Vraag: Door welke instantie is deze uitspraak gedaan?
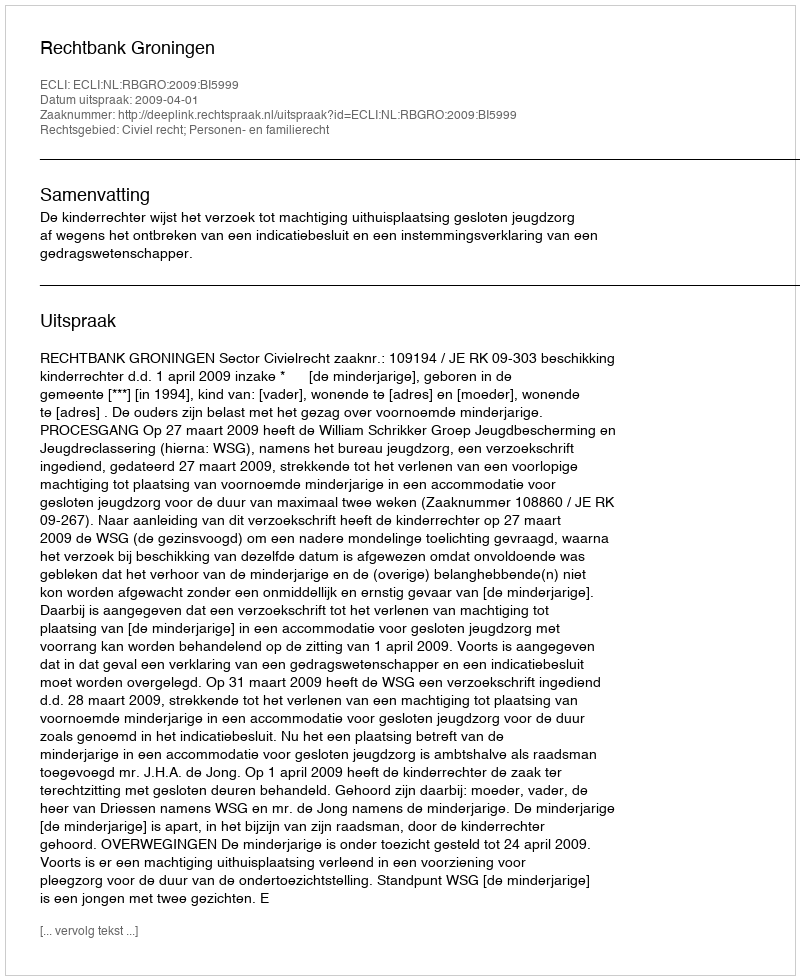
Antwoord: Rechtbank Groningen